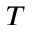
T